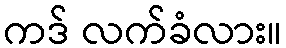
ကဒ် လက်ခံလား။